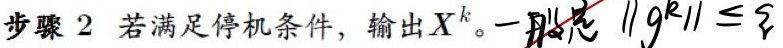
步骤 2 若满足停机条件，输出$X^{k}$。一般是 $\|g^{k}\| \leq \xi$